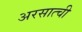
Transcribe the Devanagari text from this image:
अरसात्ची